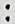
: